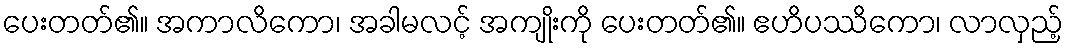
ပေးတတ်၏။ အကာလိကော၊ အခါမလင့် အကျိုးကို ပေးတတ်၏။ ဧဟိပဿိကော၊ လာလှည့်